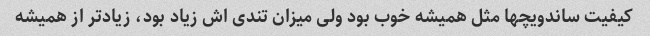
کیفیت ساندویچها مثل همیشه خوب بود ولی میزان تندی اش زیاد بود، زیاد‌تر از همیشه